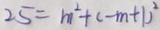
2 5 = m ^ { 2 } + ( - m + 1 ) ^ { 2 }